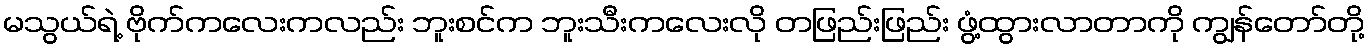
မသွယ်ရဲ့ ဗိုက်ကလေးကလည်း ဘူးစင်က ဘူးသီးကလေးလို တဖြည်းဖြည်း ဖွံ့ထွားလာတာကို ကျွန်တော်တို့